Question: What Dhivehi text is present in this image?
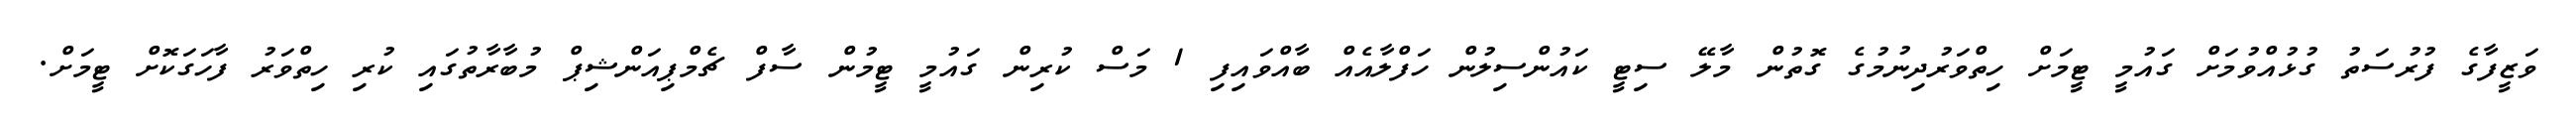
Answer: ވަޒީފާގެ ފުރުސަތު ގުޅުއްވުމަށް ގައުމީ ޓީމަށް ހިތްވަރުދިނުމުގެ ގޮތުން މާލޭ ސިޓީ ކައުންސިލުން ހަފްލާއެއް ބާއްވައިފި 1 މަސް ކުރިން ގައުމީ ޓީމުން ސާފް ޗެމްޕިއަންޝިޕް މުބާރާތުގައި ކުރި ހިތްވަރު ފާހަގަކޮށް ޓީމަށް.